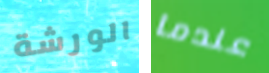
الورشة عندما